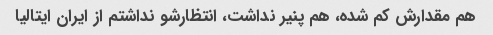
هم مقدارش کم شده، هم پنیر نداشت، انتظارشو نداشتم از ایران ایتالیا